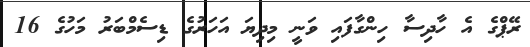
ރޭޕްގެ އެ ހާދިސާ ހިންގާފައި ވަނީ މިދިޔަ އަހަރުގެ ޑިސެމްބަރު މަހުގެ 16